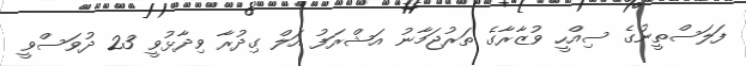
ފަލަސްތީނުގެ ސިއްހީ ވުޒާރާގެ ތަރުޖަމާނު އަޝްރަފު އަލް ގިދުރާ ވިދާޅުވީ 23 ދުވަސްވީ